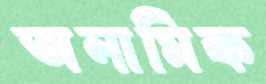
অনামিক